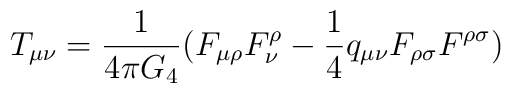
T_{\mu \nu} = \frac{1}{4\pi G_4}(F_{\mu \rho}F_{\nu}^{\rho} -\frac{1}{4}q_{\mu \nu}F_{\rho \sigma}F^{\rho \sigma})